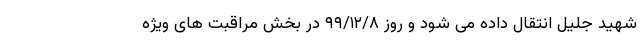
شهید جلیل انتقال داده می شود و روز ٩٩/١٢/٨ در بخش مراقبت های ویژه